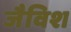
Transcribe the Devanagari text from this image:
जैविश